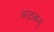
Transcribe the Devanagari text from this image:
अऴकन्